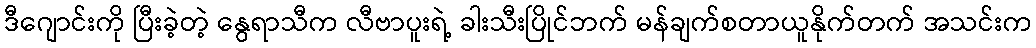
ဒီဂျောင်းကို ပြီးခဲ့တဲ့ နွေရာသီက လီဗာပူးရဲ့ ခါးသီးပြိုင်ဘက် မန်ချက်စတာယူနိုက်တက် အသင်းက